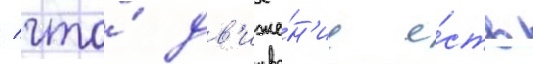
/ что́ дв'иже́н'ие е́сть